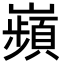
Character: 𫶡